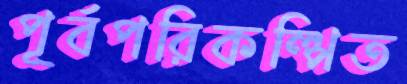
পূর্বপরিকল্পিত